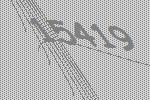
15419